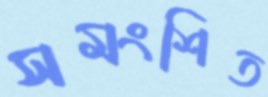
সমংশিত